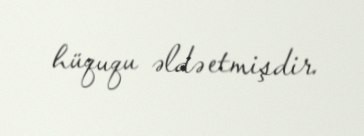
hüququ əldə etmişdir.